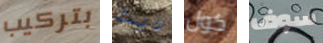
بتركيب ديث كول سوف